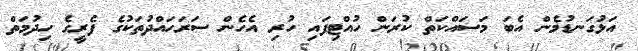
އަޅުގަނޑުމެން އެބަ މަސައްކަތް ކުރަން ހުއްޓިފައި ހުރި އެހެން ސަރަހައްދުތަކުގެ ފެރީގެ ހިދުމަތް